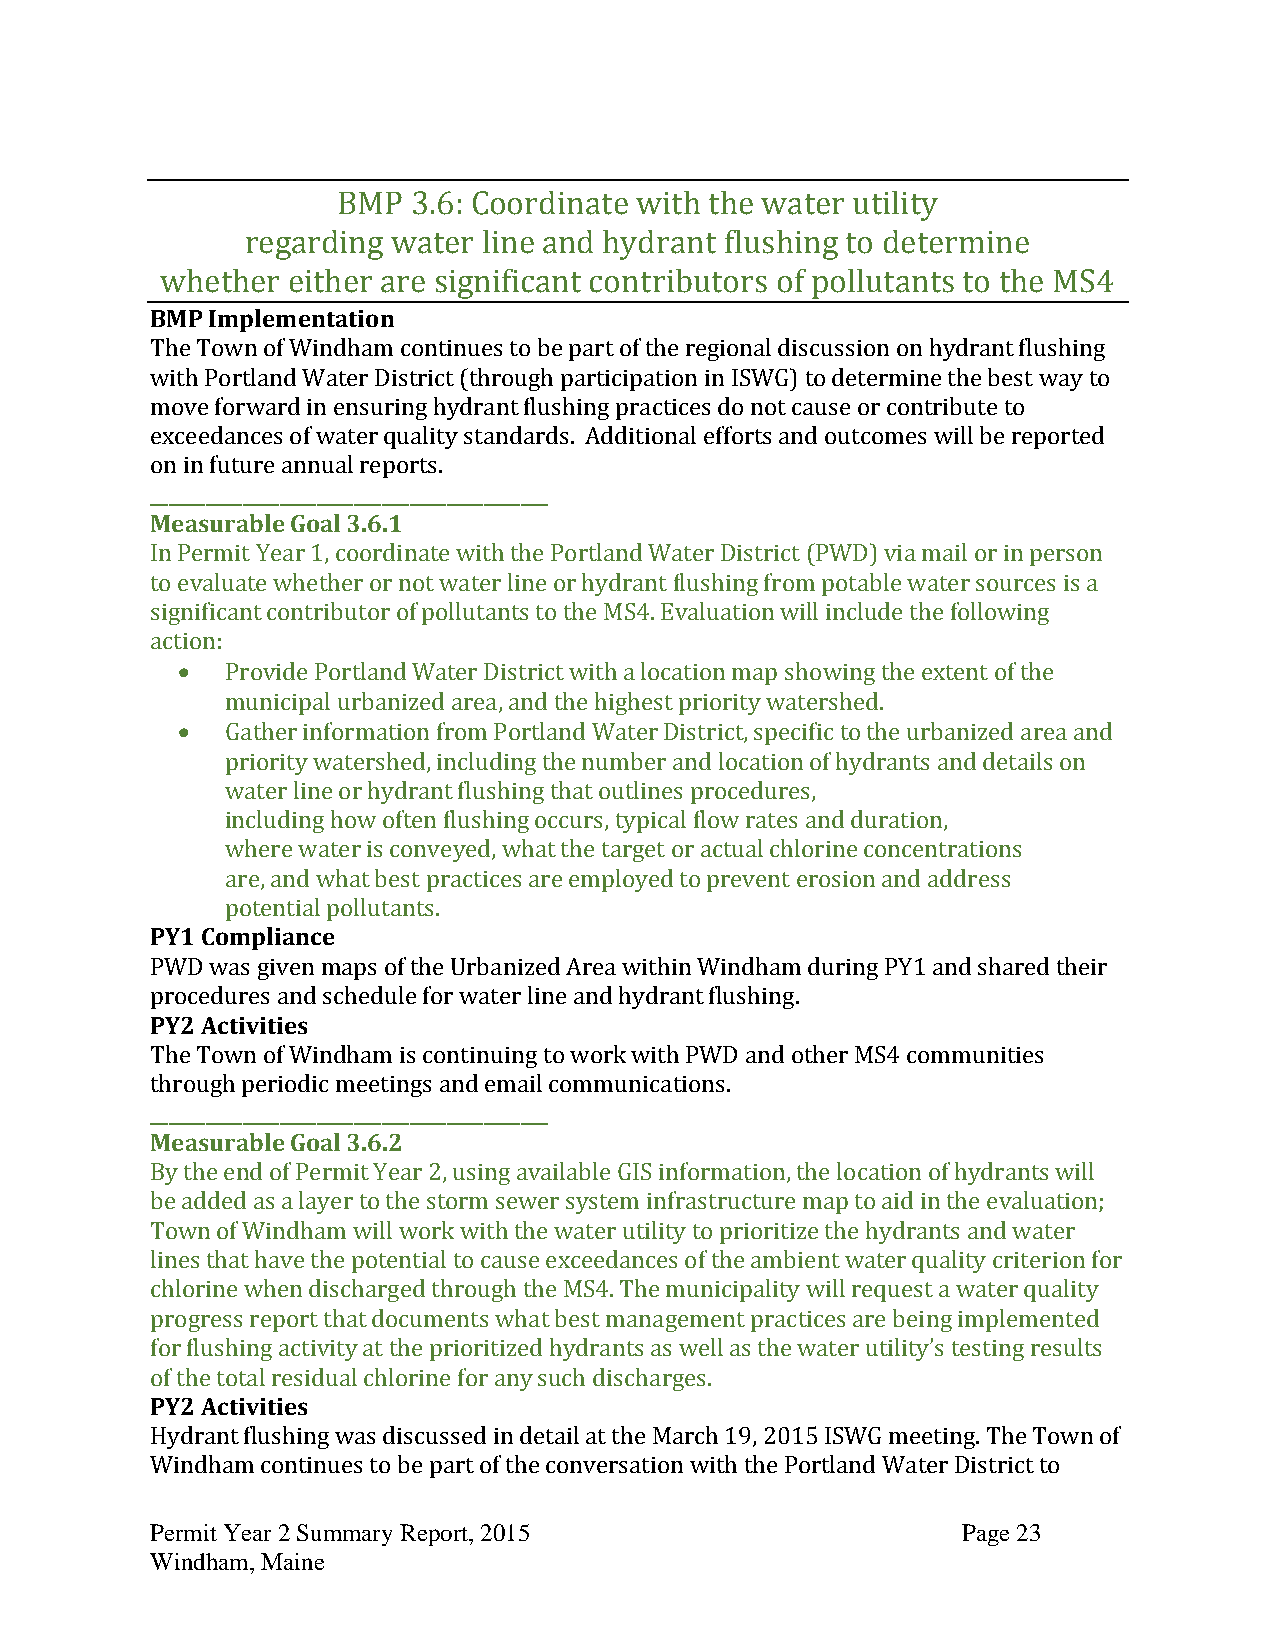
BMP  3.6: Coordinate with the water utility
 regarding water line and hydrant flushing to determine
 whether either are significant contributors of pollutants to the MS4
 BMP Implementation
 The Town of Windham continues to be part of the regional discussion on hydrant flushing
 with Portland Water District (through participation in ISWG) to determine the best way to
 move forward in ensuring hydrant flushing practices do not cause or contribute to
 exceedances of water quality standards. Additional efforts and outcomes will be reported
 on in future annual reports.
 ___________________________________________
 Measurable Goal 3.6.1
 In Permit Year 1, coordinate with the Portland Water District (PWD) via mail or in person
 to evaluate whether or not water line or hydrant flushing from potable water sources is a
 significant contributor of pollutants to the MS4. Evaluation will include the following
 action:
   Provide Portland Water District with a location map showing the extent of the
 municipal urbanized area, and the highest priority watershed.
   Gather information from Portland Water District, specific to the urbanized area and
 priority watershed, including the number and location of hydrants and details on
 water line or hydrant flushing that outlines procedures,
 including how often flushing occurs, typical flow rates and duration,
 where water is conveyed, what the target or actual chlorine concentrations
 are, and what best practices are employed to prevent erosion and address
 potential pollutants.
 PY1 Compliance
 PWD was given maps of the Urbanized Area within Windham during PY1 and shared their
 procedures and schedule for water line and hydrant flushing.
 PY2 Activities
 The Town of Windham is continuing to work with PWD and other MS4 communities
 through periodic meetings and email communications.
 ___________________________________________
 Measurable Goal 3.6.2
 By the end of Permit Year 2, using available GIS information, the location of hydrants will
 be added as a layer to the storm sewer system infrastructure map to aid in the evaluation;
 Town of Windham will work with the water utility to prioritize the hydrants and water
 lines that have the potential to cause exceedances of the ambient water quality criterion for
 chlorine when discharged through the MS4. The municipality will request a water quality
 progress report that documents what best management practices are being implemented
 for flushing activity at the prioritized hydrants as well as the water utility’s testing results
 of the total residual chlorine for any such discharges.
 PY2 Activities
 Hydrant flushing was discussed in detail at the March 19, 2015 ISWG meeting. The Town of
 Windham continues to be part of the conversation with the Portland Water District to
 Permit Year 2 Summary Report, 2015                    Page 23
 Windham, Maine